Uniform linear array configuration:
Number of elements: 32
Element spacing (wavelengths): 0.5
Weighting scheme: uniform
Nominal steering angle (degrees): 0
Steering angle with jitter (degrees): -0.8902
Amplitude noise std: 0.05
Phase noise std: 0.05

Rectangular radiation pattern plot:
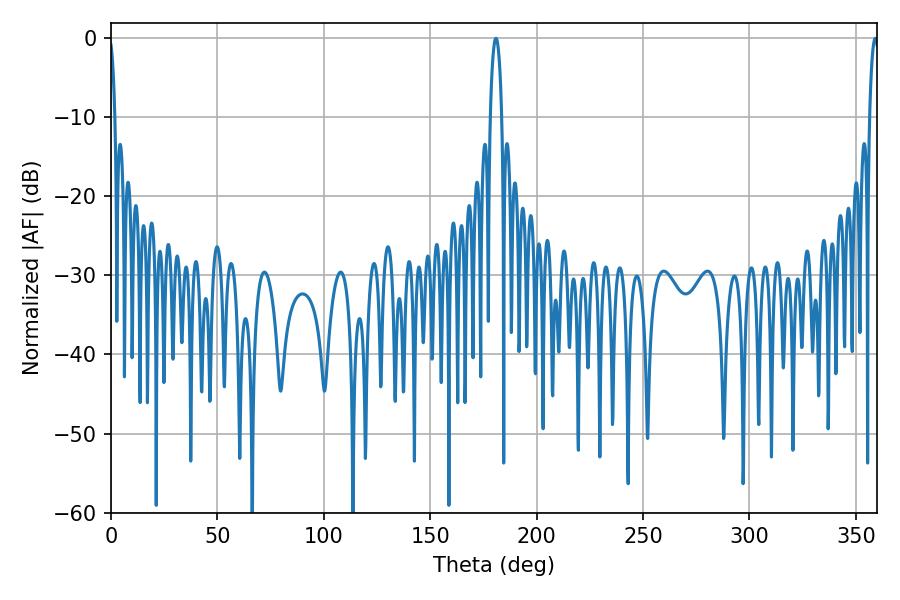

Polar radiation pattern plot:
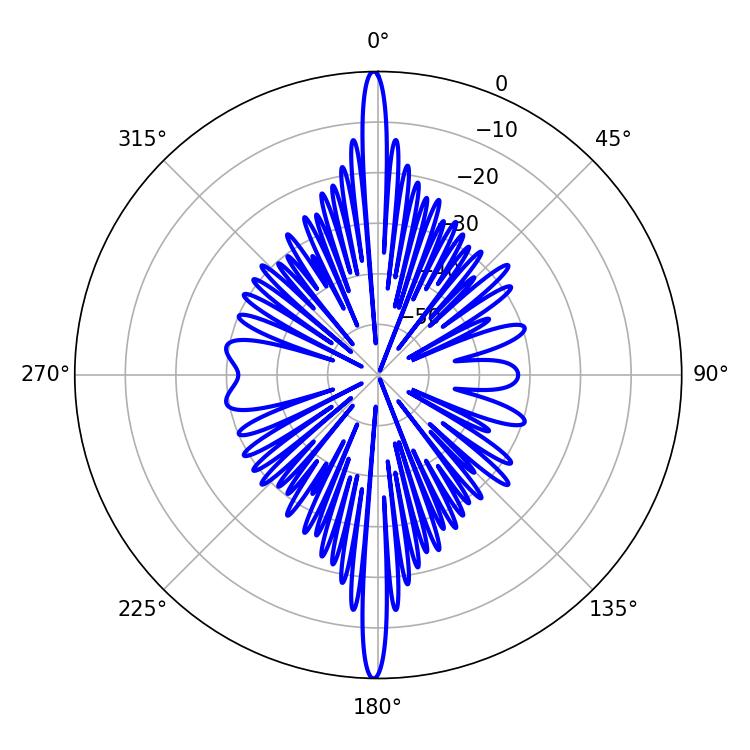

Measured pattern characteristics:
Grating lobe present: FALSE
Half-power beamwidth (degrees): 2.88
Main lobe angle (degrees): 180.9